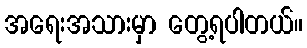
အရေးအသားမှာ တွေ့ရပါတယ်။